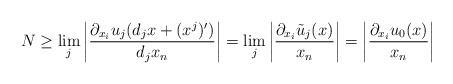
LaTeX: \begin{align*} N \ge \lim_j \bigg| \frac{\partial_{x_i} u_j(d_j x+(x^j)')}{d_j x_n}\bigg| = \lim_j \bigg| \frac{\partial_{x_i} \tilde u_j(x)}{x_n} \bigg| =\bigg|\frac{\partial_{x_i} u_0(x)}{x_n}\bigg|\end{align*}